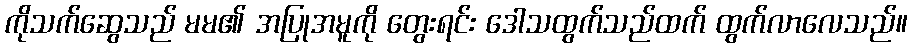
ကိုသက်ဆွေသည် မမ၏ အပြုအမူကို တွေးရင်း ဒေါသထွက်သည်ထက် ထွက်လာလေသည်။